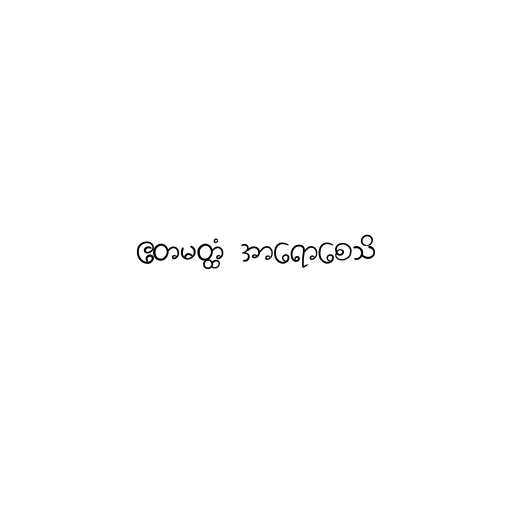
ဧတမတ္ထံ အာရောစေသိ